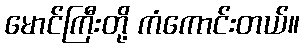
မောင်ကြီးတို့ ကံကောင်းတယ်။